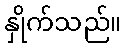
နှိုက်သည်။